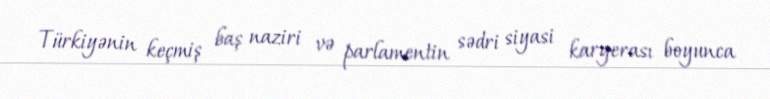
Türkiyənin keçmiş baş naziri və parlamentin sədri siyasi karyerası boyunca